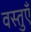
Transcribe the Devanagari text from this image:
वस्‍तुऍं